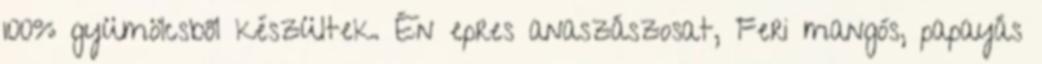
100% gyümölcsből készültek. Én epres anaszászosat, Feri mangós, papayás